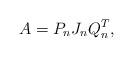
LaTeX: \begin{align*}A=P_nJ_nQ_n^T,\end{align*}